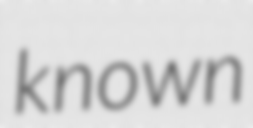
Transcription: known